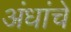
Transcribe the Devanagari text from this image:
अंधांचे